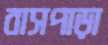
বাসপাড়া